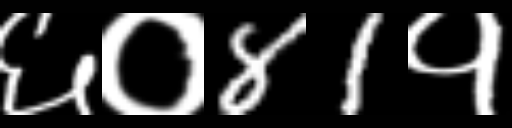
Text: ६०81१